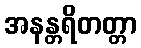
အနန္တရိတတ္တာ